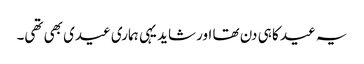
یہ عید کا ہی دن تھا اور شاید یہی ہماری عیدی بھی تھی۔